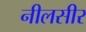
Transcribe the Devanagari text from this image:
नीलसीर